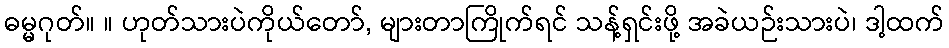
ဓမ္မဂုတ်။ ။ ဟုတ်သားပဲကိုယ်တော်, များတာကြိုက်ရင် သန့်ရှင်းဖို့ အခဲယဉ်းသားပဲ၊ ဒါ့ထက်